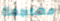
مهاجمة